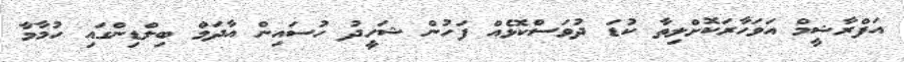
އަފްރާޝީމް އަވަހާރަކޮށްލިތާ ކުޑަ ދުވަސްކޮޅެއް ފަހުން ޝަހީދު ހުސައިން އާދަމް ބިލްޑިންގައި ހުމާމާ